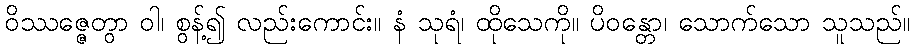
ဝိဿဇ္ဇေတွာ ဝါ၊ စွန့်၍ လည်းကောင်း။ နံ သုရံ၊ ထိုသေကို။ ပိဝန္တော၊ သောက်သော သူသည်။